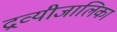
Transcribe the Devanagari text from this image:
द्रव्यीजालिका